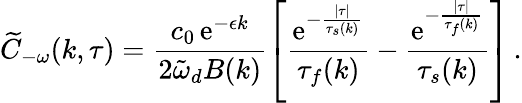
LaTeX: \widetilde{C}_{-\omega}(k,\tau)=\frac{c_{0}\, \mathrm{e}^{-\epsilon k}}{2\tilde{\omega}_{d}B(k)}\left[\frac{\mathrm{e}^{-\frac{\lvert\tau\rvert}{\tau_{s}(k)}}}{\tau_{f}(k)}-\frac{\mathrm{e}^{-\frac{\lvert\tau\rvert}{\tau_{f}(k)}}}{\tau_{s}(k)}\right]\, .